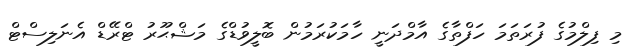
މި ފިލްމުގެ ފުރަތަމަ ހަފްތާގެ އާމްދަނީ ހާމަކުރަމުން ބޮލީވުޑްގެ މަޝްޙޫރު ޓްރޭޑް އެނަލިސްޓް